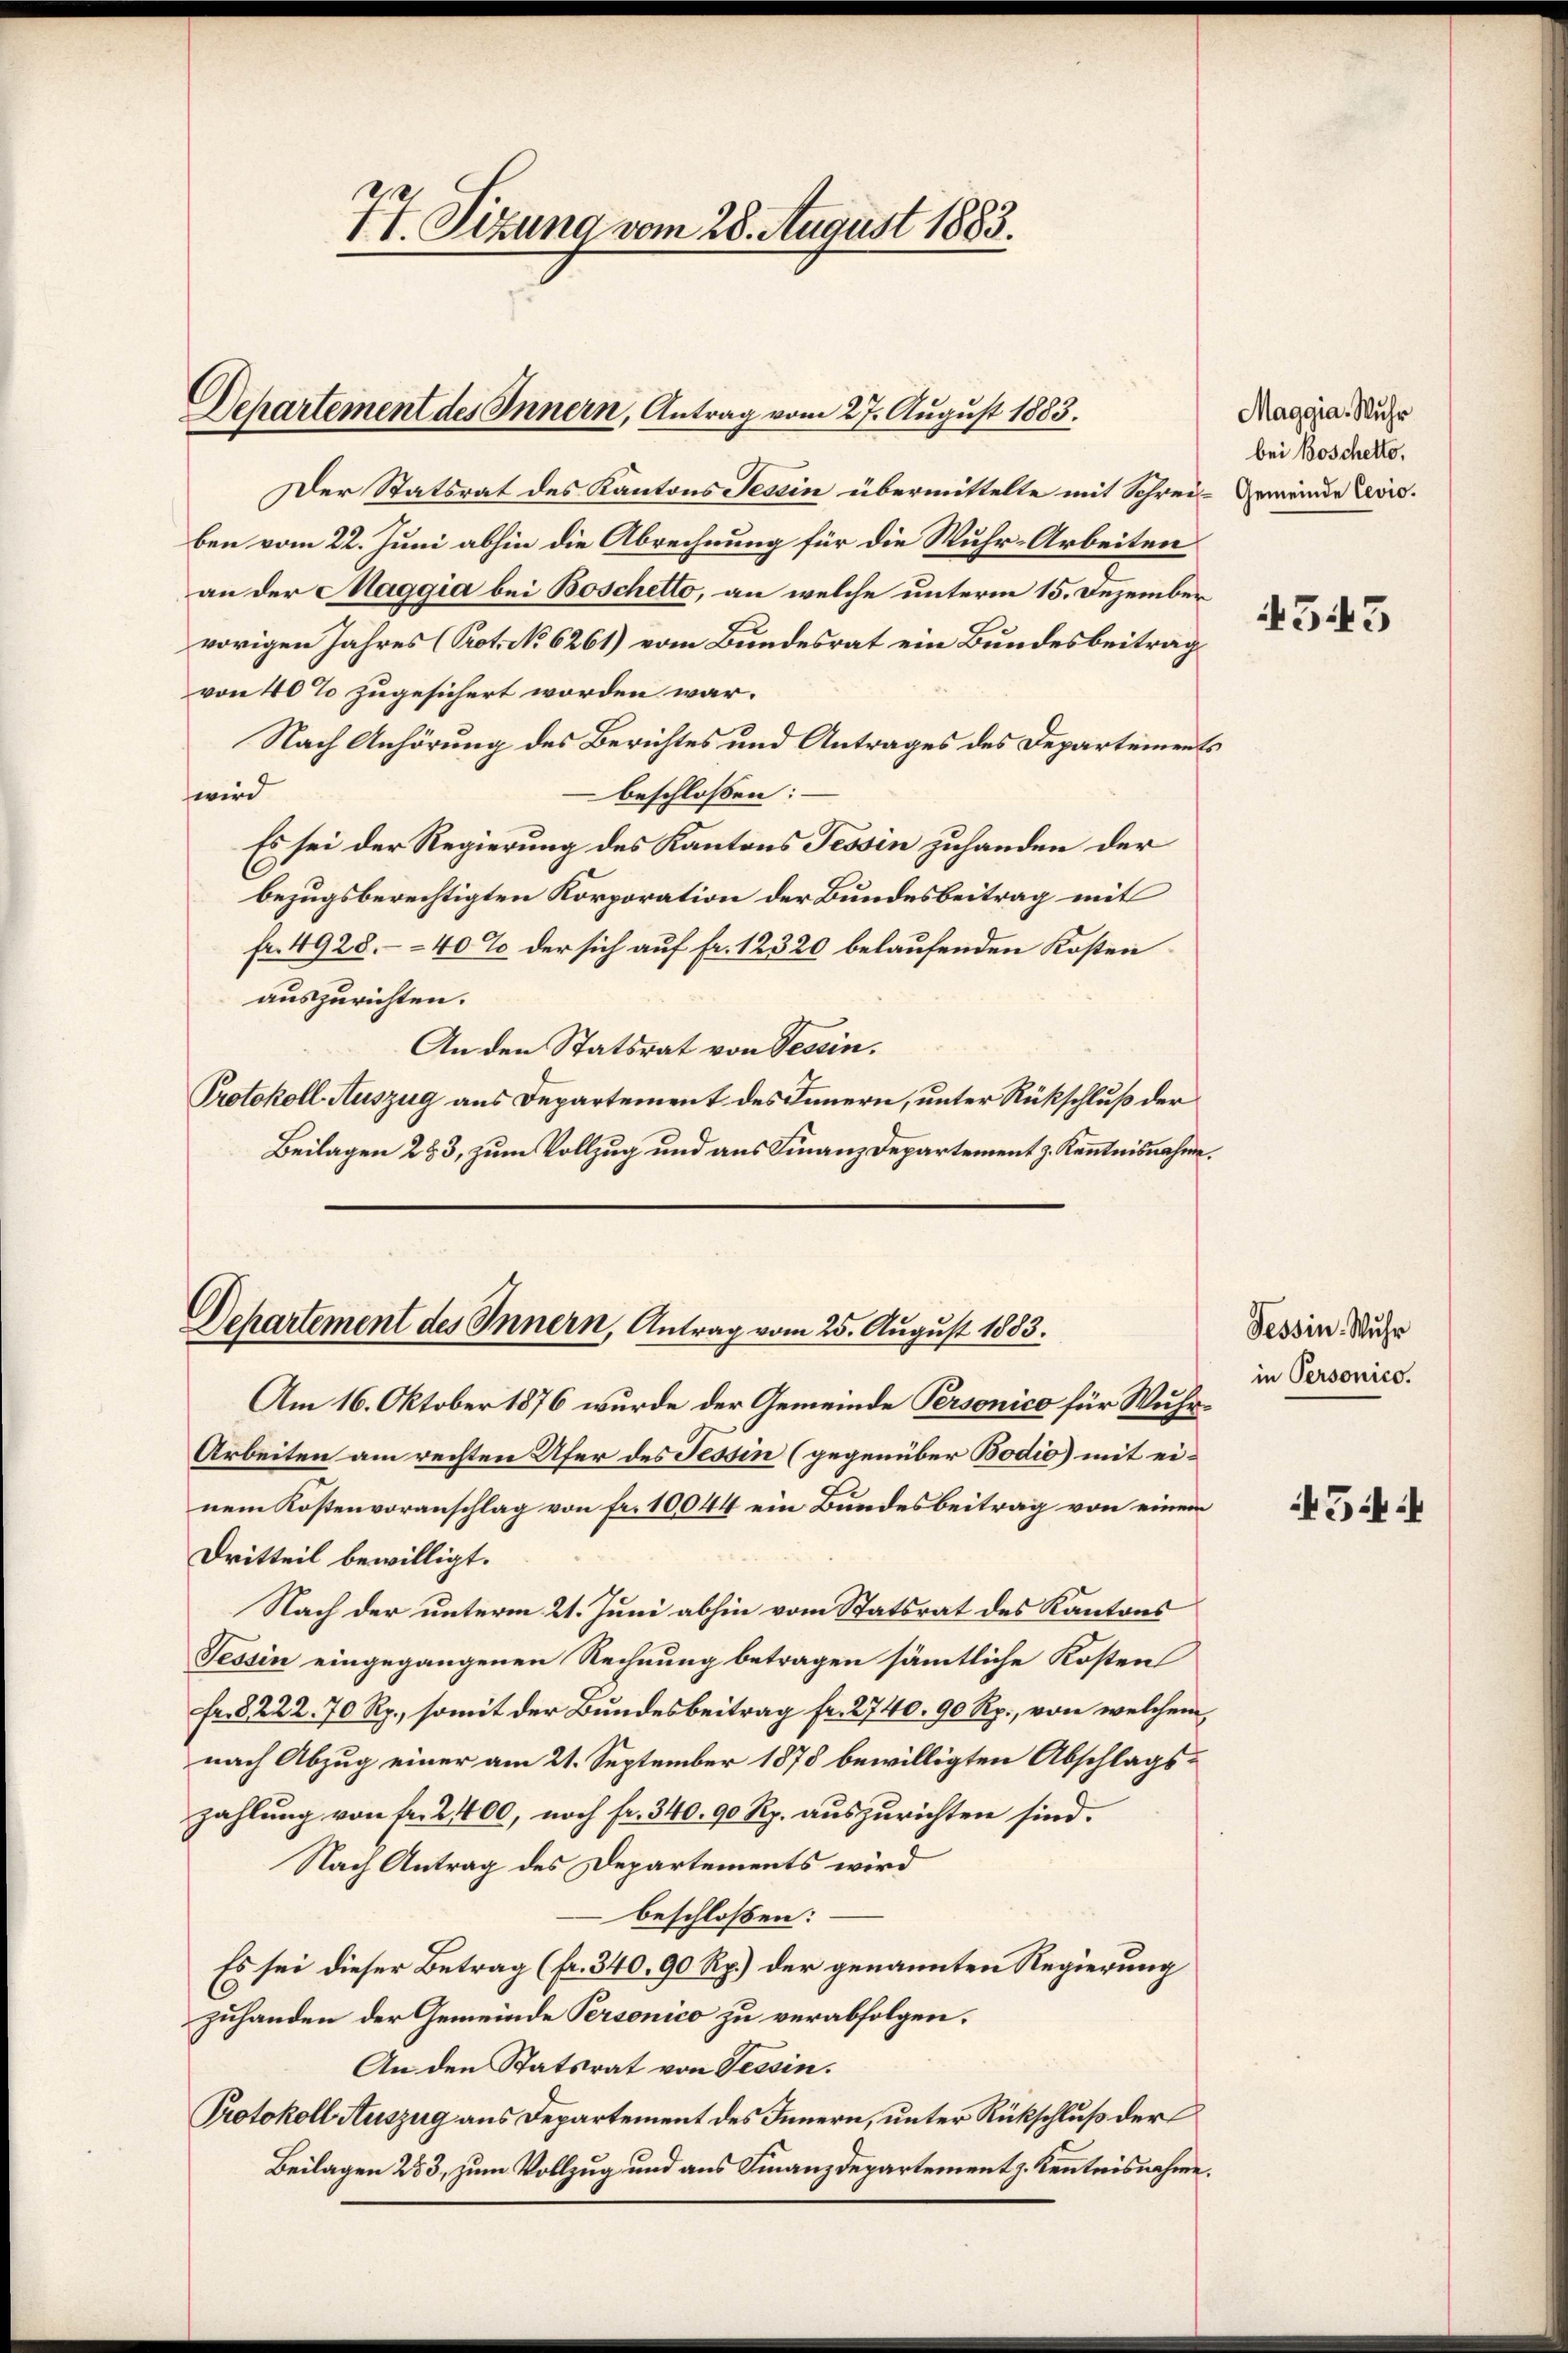
Departement des Innern, Antrag vom 27. August 1883.

2.
II. Sizung vom 28. August 1883.

Der Statsrat des Kantons Tessin übermittelte mit Schrei- Gemeinde Revis.
ben vom 22. Juni abhin die Abrechnung für die Wuhr-Arbeiten
an der Maggia bei Boschetto, an welche unterm 15. Dezember
vorigen Jahres (Prot. No. 6261) vom Bundesrat ein Bundesbeitrag
von 40% zugesichert worden war.
Nach Anhörung des Berichtes und Antrages des Departements
beschloßen:
wird
Es sei der Regierung des Kantons Tessin zuhanden der
bezugsberechtigten Korporation der Bundesbeitrag mit
Fr. 4928.- 40% der sich auf fr. 12320 belaufenden Kosten
auszurichten.
An den Statsrat von Tessin.
Protokoll Auszug aus Departement des Innern, unter Rückschluß der
Beilagen 283, zum Vollzug und aus Finanz-Departement z. Kenntnisnahme.

Departement des Innern, Antrag vom 25. August 1883.

Maggia, Wuhr
bei Boschetto.

Am 16. Oktober 1876 wurde der Gemeinde Personico für Wuhr¬
Arbeiten am rechten Ufer des Tessin (gegenüber Bodio) mit einem Kostenvoranschlag von fr. 10044 ein Bundesbeitrag von einem
Dritteil bewilligt.
Nach der unterm 21. Juni abhin vom Statsrat des Kantons
Tessin eingegangenen Rechnung betragen sämmtliche Kosten
fr. 8222. 70 Rp., somit der Bundesbeitrag fr. 2740. 90 Rp., von welchem
nach Abzug einer am 21. September 1878 bewilligten Abschlags-
zahlung von fr. 2400, noch fr. 340. 90 Rp. auszurichten sind.
Nach Antrag des Departements wird
beschloßen:
Es sei dieser Betrag (fr. 340, 90 Rp.) der genannten Regierung
zuhanden der Gemeinde Personico zu verabfolgen.
An den Statsrat von Tessin.
Protokoll Auszug aus Departement des Innern, unter Rückschluß der
Beilagen 283, zum Vollzug und aus Finanzdepartement z. Kenntnisnahme.

543

Tessin. Muhr
in Personico.

454